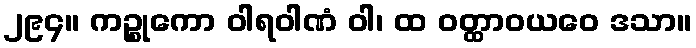
၂၉၄။ ကဉ္စုကော ဝါရဝါဏံ ဝါ၊ ထ ဝတ္ထာဝယဝေ ဒသာ။